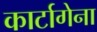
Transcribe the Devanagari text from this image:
कार्टागेना